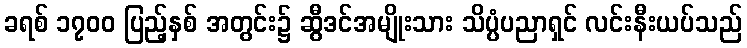
ခရစ် ၁၇၀၀ ပြည့်နှစ် အတွင်း၌ ဆွီဒင်အမျိုးသား သိပ္ပံပညာရှင် လင်းနီးယပ်သည်